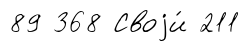
89 368 Своjи́ 211